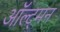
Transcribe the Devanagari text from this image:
ऑल्ट्मन